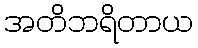
အတိဘရိတာယ